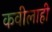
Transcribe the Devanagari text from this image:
कवीलाही